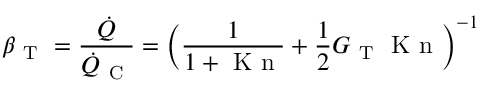
\beta _ { \mathrm { ~ T ~ } } = \frac { \dot { Q } } { \dot { Q } _ { \mathrm { ~ C ~ } } } = \bigg ( \frac { 1 } { 1 + \mathrm { ~ K ~ n ~ } } + \frac { 1 } { 2 } G _ { \mathrm { ~ T ~ } } \mathrm { ~ K ~ n ~ } \bigg ) ^ { - 1 }